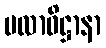
ဗလာဓိဋ္ဌာနာ